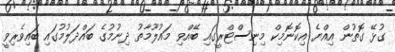
ގުޅޭ ގޮތުން އިއްޔެ އިކޮނޮމިކް މިނިސްޓްރީގައި ބޭއްވި މައުލޫމާތު ދިނުމުގެ ބައްދަލުމުގައި ބައިވެރިވީ